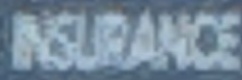
INSURANCE